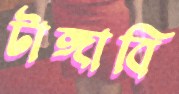
টাঙ্গাবি